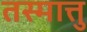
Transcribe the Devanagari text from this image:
तस्मात्तु